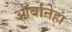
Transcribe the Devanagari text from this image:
ऑर्बानेहा